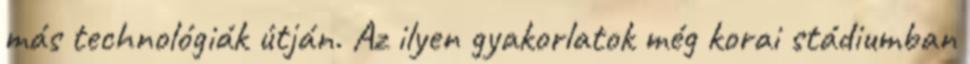
más technológiák útján. Az ilyen gyakorlatok még korai stádiumban